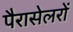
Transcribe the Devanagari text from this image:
पैरासेलरों